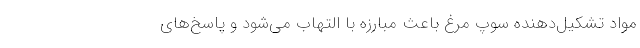
مواد تشکیل‌دهنده سوپ مرغ باعث مبارزه با التهاب می‌شود و پاسخ‌های